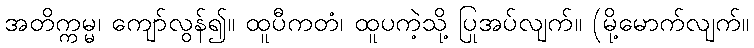
အတိက္ကမ္မ၊ ကျော်လွန်၍။ ထူပီကတံ၊ ထူပကဲ့သို့ ပြုအပ်လျက်။ (မို့မောက်လျက်။